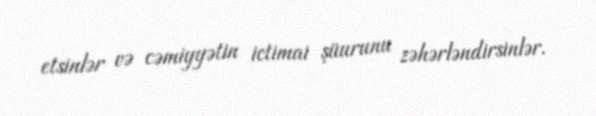
etsinlər və cəmiyyətin ictimai şüurunu zəhərləndirsinlər.